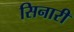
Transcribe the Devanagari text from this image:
सिनारी